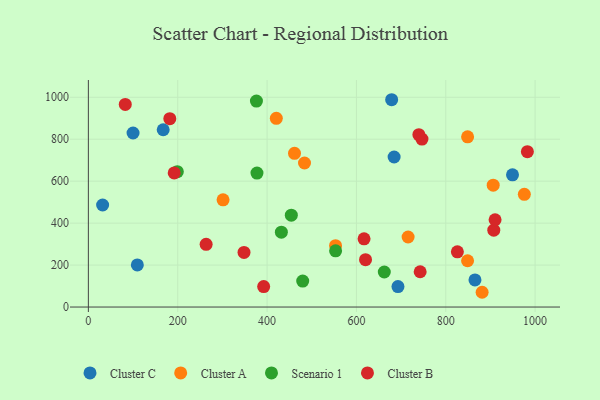
{"axis": {"x": "Experience", "y": "Sales"}, "legend": ["Cluster A", "Cluster B", "Cluster C", "Scenario 1"], "data": [{"x": "678.9", "y": 988.3, "type": "Cluster C"}, {"x": "684.4", "y": 715.3, "type": "Cluster C"}, {"x": "865.4", "y": 129.3, "type": "Cluster C"}, {"x": "109.6", "y": 200.8, "type": "Cluster C"}, {"x": "167.5", "y": 845.2, "type": "Cluster C"}, {"x": "693.0", "y": 97.8, "type": "Cluster C"}, {"x": "949.4", "y": 630.4, "type": "Cluster C"}, {"x": "100.0", "y": 829.6, "type": "Cluster C"}, {"x": "31.9", "y": 486.5, "type": "Cluster C"}, {"x": "715.7", "y": 334.0, "type": "Cluster A"}, {"x": "461.4", "y": 732.7, "type": "Cluster A"}, {"x": "848.8", "y": 220.8, "type": "Cluster A"}, {"x": "906.2", "y": 580.8, "type": "Cluster A"}, {"x": "975.9", "y": 537.1, "type": "Cluster A"}, {"x": "848.9", "y": 811.4, "type": "Cluster A"}, {"x": "420.7", "y": 899.6, "type": "Cluster A"}, {"x": "483.8", "y": 686.7, "type": "Cluster A"}, {"x": "881.4", "y": 70.4, "type": "Cluster A"}, {"x": "301.5", "y": 511.1, "type": "Cluster A"}, {"x": "553.3", "y": 292.5, "type": "Cluster A"}, {"x": "553.4", "y": 267.8, "type": "Scenario 1"}, {"x": "377.4", "y": 638.6, "type": "Scenario 1"}, {"x": "454.3", "y": 438.1, "type": "Scenario 1"}, {"x": "479.8", "y": 123.8, "type": "Scenario 1"}, {"x": "199.1", "y": 645.4, "type": "Scenario 1"}, {"x": "376.2", "y": 981.7, "type": "Scenario 1"}, {"x": "662.4", "y": 167.1, "type": "Scenario 1"}, {"x": "432.0", "y": 356.8, "type": "Scenario 1"}, {"x": "746.7", "y": 800.9, "type": "Cluster B"}, {"x": "392.4", "y": 97.4, "type": "Cluster B"}, {"x": "742.7", "y": 168.3, "type": "Cluster B"}, {"x": "907.5", "y": 366.2, "type": "Cluster B"}, {"x": "739.8", "y": 821.7, "type": "Cluster B"}, {"x": "910.4", "y": 416.2, "type": "Cluster B"}, {"x": "826.0", "y": 263.1, "type": "Cluster B"}, {"x": "82.6", "y": 965.8, "type": "Cluster B"}, {"x": "617.1", "y": 325.0, "type": "Cluster B"}, {"x": "348.4", "y": 260.5, "type": "Cluster B"}, {"x": "620.4", "y": 225.8, "type": "Cluster B"}, {"x": "182.3", "y": 898.2, "type": "Cluster B"}, {"x": "263.6", "y": 299.1, "type": "Cluster B"}, {"x": "192.1", "y": 639.3, "type": "Cluster B"}, {"x": "982.7", "y": 740.7, "type": "Cluster B"}]}